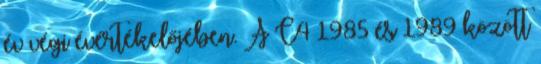
év végi évértékelőjében. A C4 1985 és 1989 között